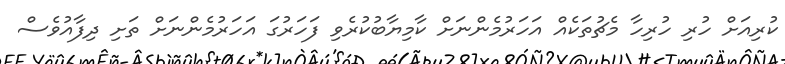
ކުރިއަށް ހުރި ހުރިހާ މެޗުތަކެއް އަހަރުމެންނަށް ކާމިޔާބުކުރެވި ފަހަރުގަ އަހަރުމެންނަށް ތަށި ދިފާއުވެސް